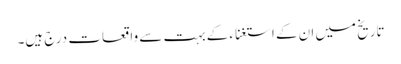
تاریخ میں ان کے استغناء کے بہت سے واقعات درج ہیں۔